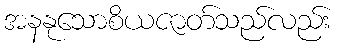
အနနုသောစိယဇာတ်သည်လည်း